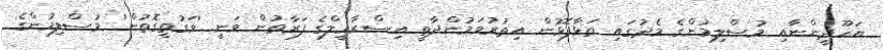
ޔަހޫދީންނާއި މުސްލިމުންގެ މެދުގައި ތަޅާފޮޅުން އިތުރުވަމުންދާތީ އިސްރާޢީލްގެ ފަރާތުން ވަނީ 'ވަގުތީގޮތުން' މުސްލިމުންގެ